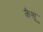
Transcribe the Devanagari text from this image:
कैथू